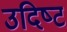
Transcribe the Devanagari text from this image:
उदिष्‍ट